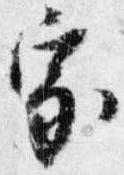
家